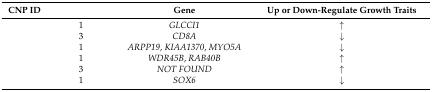
<table><thead><tr><td><b>CNP ID</b></td><td>[EMPTY_CELL]</td><td><b>Gene</b></td><td><b>Up or Down-Regulate Growth Traits</b></td></tr></thead><tbody><tr><td>[EMPTY_CELL]</td><td>1</td><td><i>GLCCI1</i></td><td>↑</td></tr><tr><td>[EMPTY_CELL]</td><td>3</td><td><i>CD8A</i></td><td>↓</td></tr><tr><td>[EMPTY_CELL]</td><td>1</td><td><i>ARPP19</i>, <i>KIAA1370</i>, <i>MYO5A</i></td><td>↓</td></tr><tr><td>[EMPTY_CELL]</td><td>1</td><td><i>WDR45B</i>, <i>RAB40B</i></td><td>↑</td></tr><tr><td>[EMPTY_CELL]</td><td>3</td><td><i>NOT FOUND</i></td><td>↑</td></tr><tr><td>[EMPTY_CELL]</td><td>1</td><td><i>SOX6</i></td><td>↓</td></tr></tbody></table>